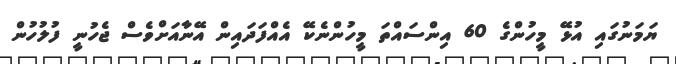
ޔަމަނުގައި އުޅޭ މީހުންގެ 60 އިންސައްތަ މީހުންނެކޭ އެއްފަދައިން އޭނާއަށްވެސް ޖެހުނީ ފުލުހުން